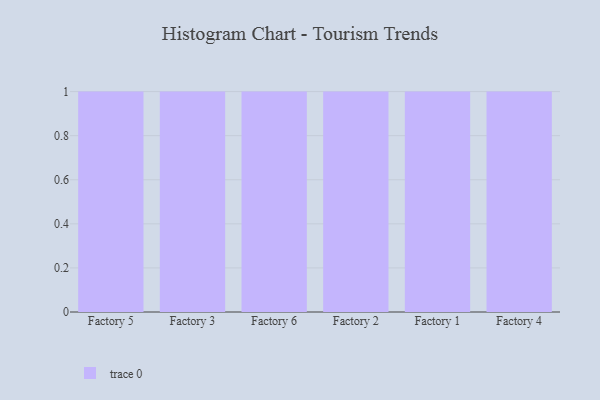
{"axis": {"x": "Factory", "y": "Customer Acquisition Cost (USD)"}, "legend": [""], "data": [{"x": "Factory 5", "y": 68, "type": ""}, {"x": "Factory 3", "y": 33, "type": ""}, {"x": "Factory 6", "y": 78, "type": ""}, {"x": "Factory 2", "y": 19, "type": ""}, {"x": "Factory 1", "y": 90, "type": ""}, {"x": "Factory 4", "y": 35, "type": ""}]}